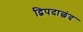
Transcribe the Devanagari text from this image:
द्विपदाछंद